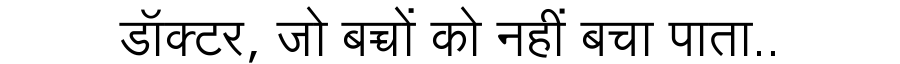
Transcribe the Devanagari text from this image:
डॉक्टर, जो बच्चों को नहीं बचा पाता..